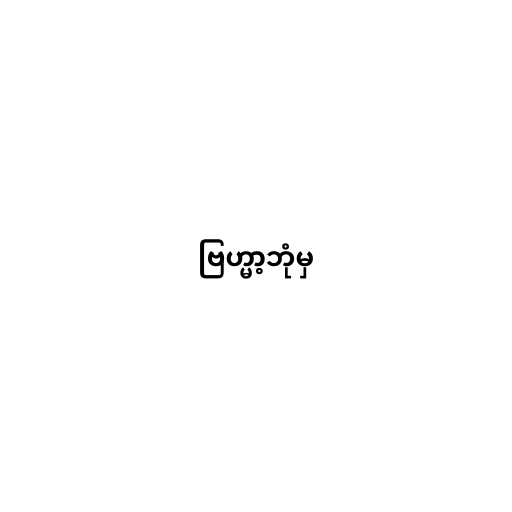
ဗြဟ္မာ့ဘုံမှ